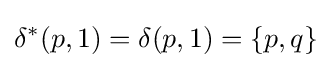
\delta ^{*}(p,1)=\delta (p,1)=\{p,q\}